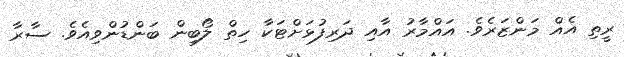
ރީތި އެއް މަންޒަރެވެ. އައްމާރު އާއި ދަރިފުޅަށްޓަކާ ހިތް ލޯބިން ބަންޑުންވިއެވެ. ސާރާ